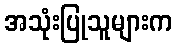
အသုံးပြုသူများက